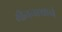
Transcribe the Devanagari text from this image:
मीननाथाने